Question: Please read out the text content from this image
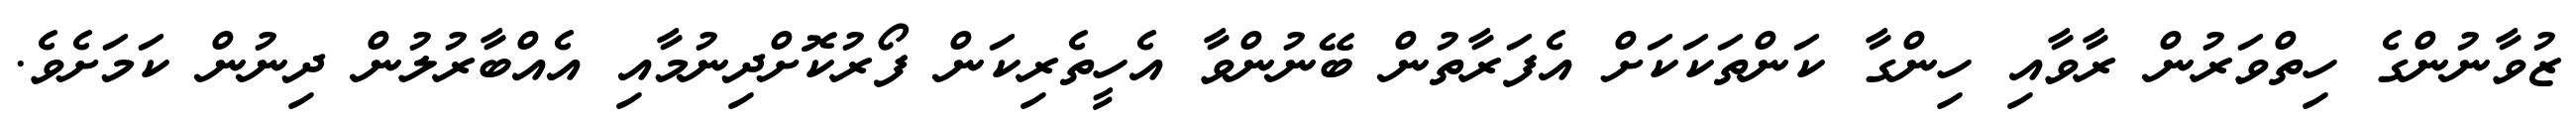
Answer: ޒުވާނުންގެ ހިތްވަރުން ރާވާއި ހިންގާ ކަންތަކަކަށް އެފަރާތުން ބޭނުންވާ އެހީތެރިކަން ފޯރުކޮށްދިނުމާއި އެއްބާރުލުން ދިނުން ކަމަށެވެ.